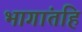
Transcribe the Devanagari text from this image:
भागांतहि